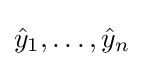
{\hat {y}}_{1},\ldots ,{\hat {y}}_{n}